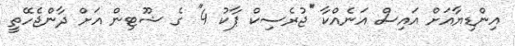
އިންޑިޔާއަށް އައިސް އަނެއްކާ ''ޖުރެސިކް ޕާކު 4'' ގެ ޝޫޓިން އަށް ދާންޖެހޭތީ